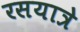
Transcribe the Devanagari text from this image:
रसयात्रे